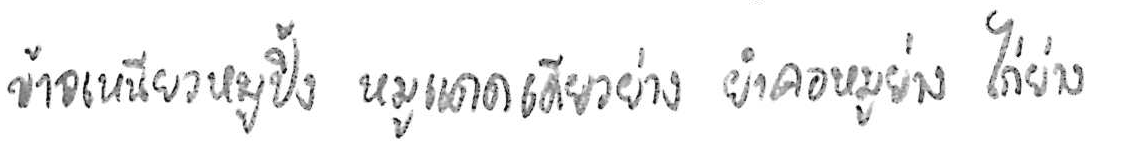
ข้าวเหนียวหมูปิ้ง หมูแดดเดียวย่าง ยำคอหมูย่าง ไก่ย่าง